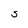
Character: S